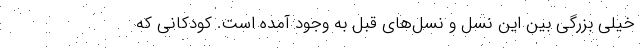
خیلی بزرگی بین این نسل و نسل‌های قبل به وجود آمده است. کودکانی که